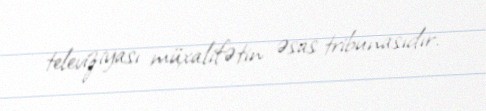
televiziyası müxalifətin əsas tribunasıdır.